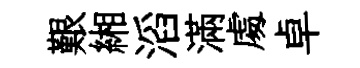
艱緗滔滿䖏卓